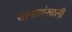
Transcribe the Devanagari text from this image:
स्तनाग्रांखाली